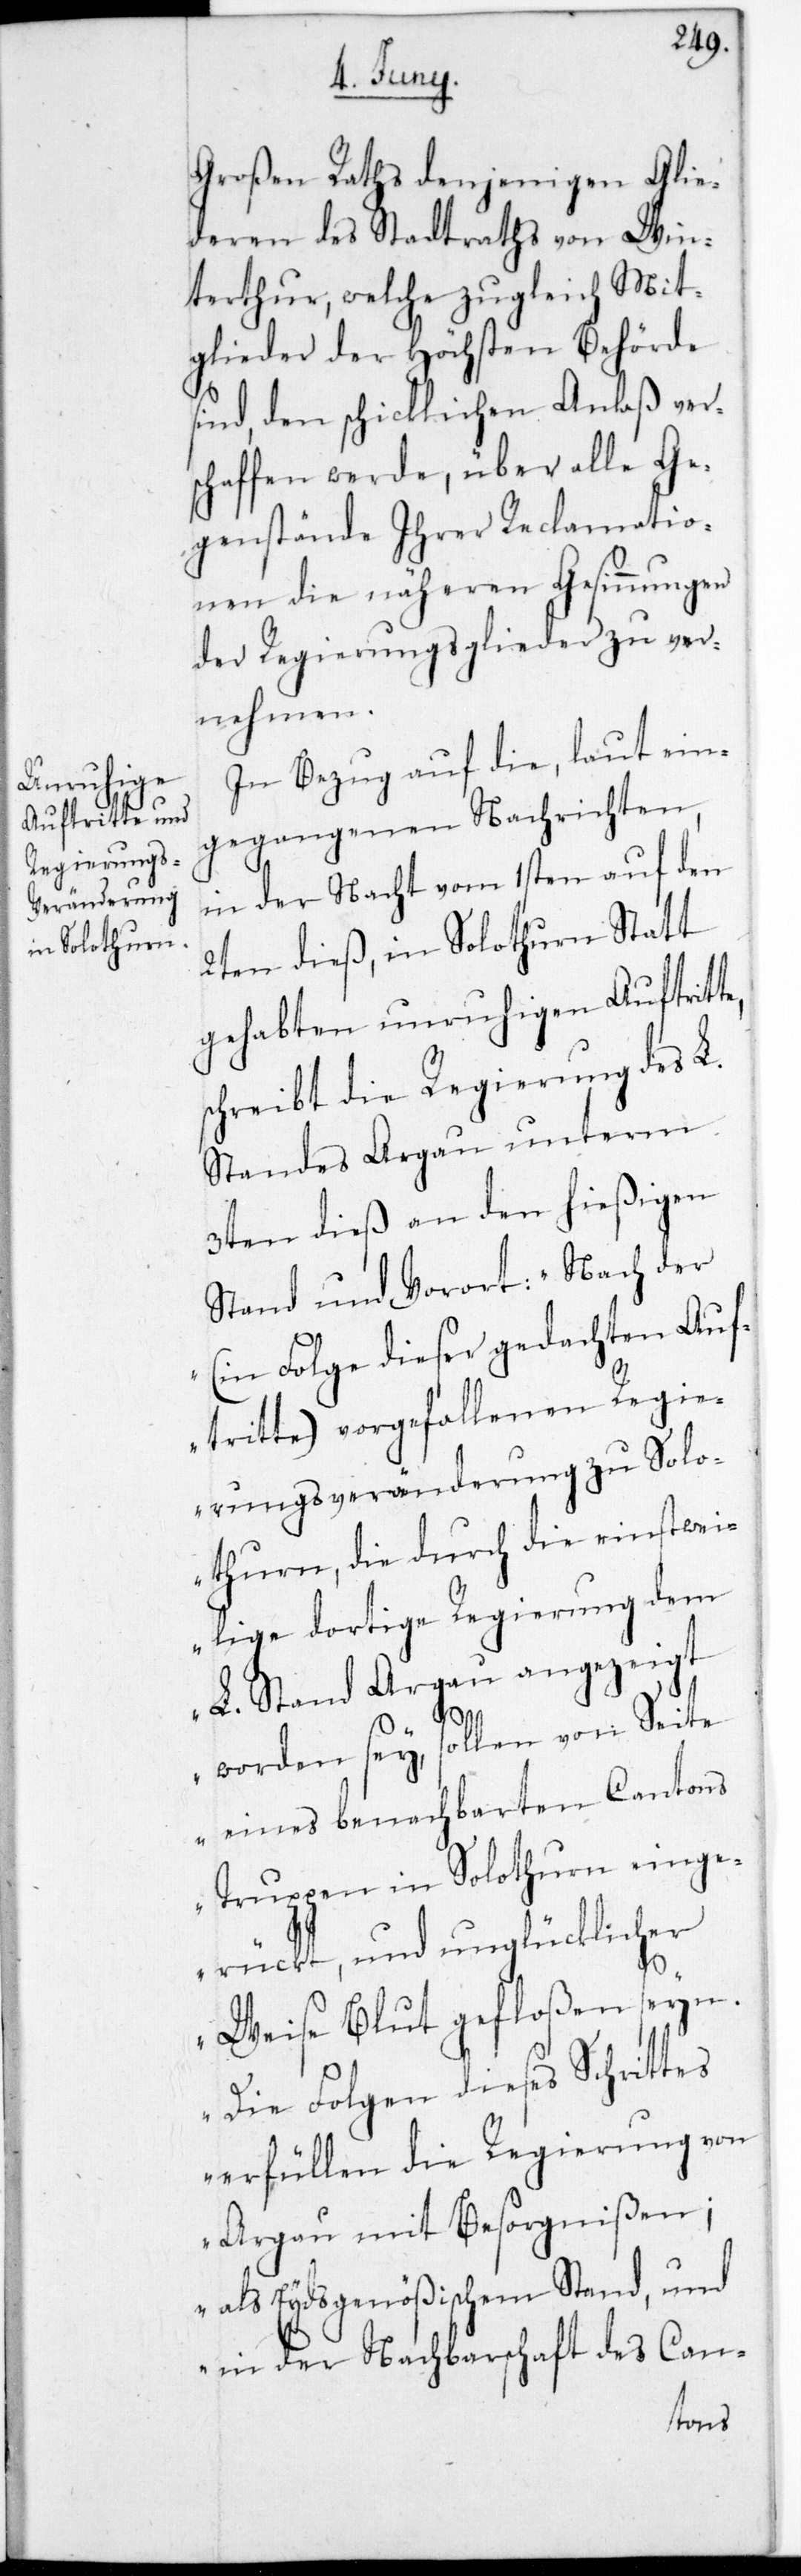
Großen Raths denjenigen Glie¬
deren des Stadtraths von Win¬
terthur, welche zugleich Mit¬
glieder der Höchsten Behörde
sind, den schicklichen Anlaß ver¬
schaffen werde, über alle Ge¬
genstände ihrer Reclamatio¬
nen die näheren Gesinnungen
der Regierungsglieder zu ver¬
nehmen.
In Bezug auf die, laut ein¬
gegangen Nachrichten,
in der Nacht vom 1sten auf den
2ten dieß, in Solothurn Statt
gehabten unruhigen Auftritte,
schreibt die Regierung des L.
Standes Argau unterm
3ten dieß an den hießigen
Stand und Vorort: „Nach der
(in Folge dieser gedachten Auft¬
ritte) vorgefallenen Regie¬
rungsveränderung zu Solo¬
thurn, die durch die einstwei¬
lige dortige Regierung dem
L. Stand Argau angezeigt
worden sey, sollen von Seite
eines benachbarten Cantons
Truppen in Solothurn einge¬
rückt, und unglücklicher
Weise Blut gefloßen sein.
Die Folgen dieses Schrittes
erfüllen die Regierung von
Argau mit Besorgnißen;
als Eydsgenößischem Stand und
in der Nachbarschaft des Can-